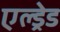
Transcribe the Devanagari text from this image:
एल्ड्रेड